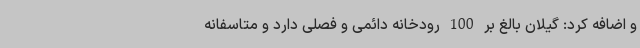
و اضافه کرد: گیلان بالغ بر 100 رودخانه دائمی و فصلی دارد و متاسفانه